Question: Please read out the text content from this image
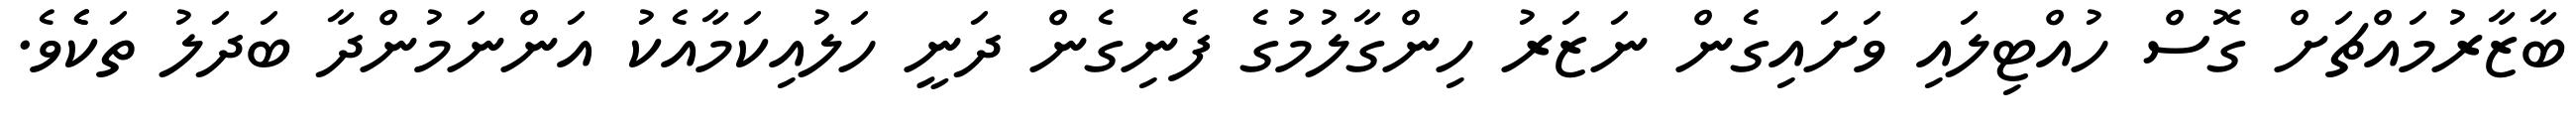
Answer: ބާޒާރުމައްޗަށް ގޮސް ހުއްޓިލައި ވަށައިގެން ނަޒަރު ހިންގާލުމުގެ ފެނިގެން ދަނީ ހަލުއިކަމާއެކު އަންނަމުންދާ ބަދަލު ތަކެެވެ.